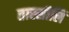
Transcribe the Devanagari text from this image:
तास्सीलि